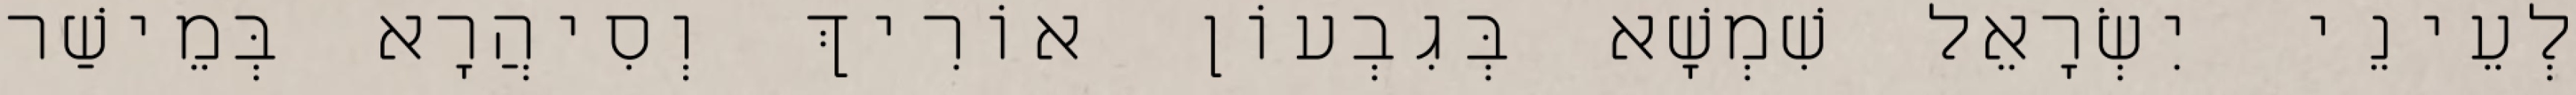
לְעֵינֵי יִשְׂרָאֵל שִׁמְשָׁא בְּגִבְעוֹן אוֹרִיךְ וְסִיהֲרָא בְּמֵישַׁר